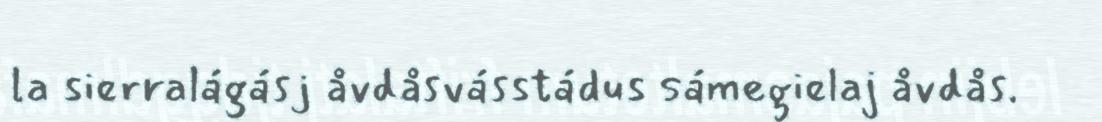
la sierralágásj åvdåsvásstádus sámegielaj åvdås.